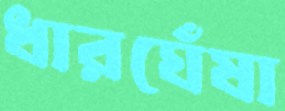
ধারঘেঁষা